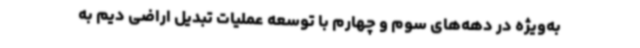
به‌ویژه در دهه‌های سوم و چهارم با توسعه عملیات تبدیل اراضی دیم به